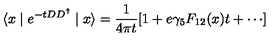
\langle x \mid e ^ { - t D D ^ { \dagger } } \mid x \rangle = \frac { 1 } { 4 \pi t } [ 1 + e \gamma _ { 5 } F _ { 1 2 } ( x ) t + \cdots ]